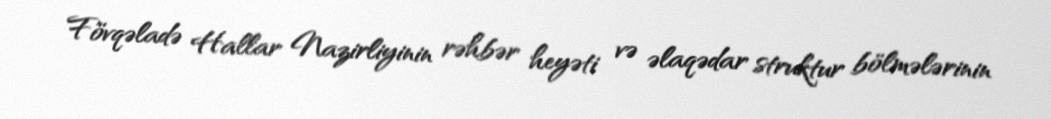
Fövqəladə Hallar Nazirliyinin rəhbər heyəti və əlaqədar struktur bölmələrinin